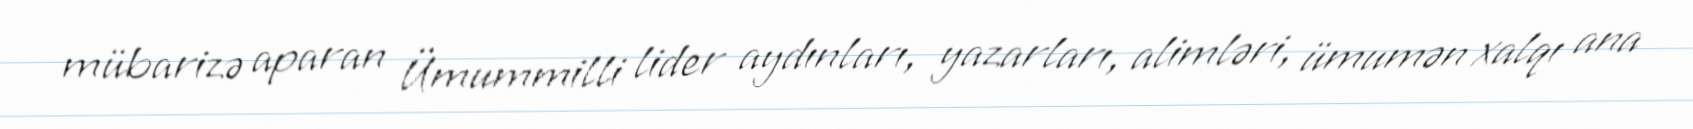
mübarizə aparan Ümummilli lider aydınları, yazarları, alimləri, ümumən xalqı ana